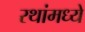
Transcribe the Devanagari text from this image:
रथांमध्ये